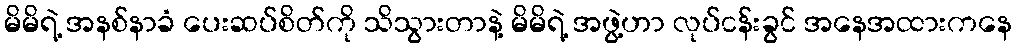
မိမိရဲ့ အနစ်နာခံ ပေးဆပ်စိတ်ကို သိသွားတာနဲ့ မိမိရဲ့ အဖွဲ့ဟာ လုပ်ငန်းခွင် အနေအထားကနေ